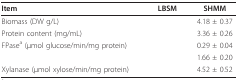
<table><thead><tr><td><b>Item</b></td><td><b>LBSM</b></td><td><b>SHMM</b></td></tr></thead><tbody><tr><td>Biomass (DW g/L)</td><td>[EMPTY_CELL]</td><td>4.18 ± 0.37</td></tr><tr><td>Protein content (mg/mL)</td><td>[EMPTY_CELL]</td><td>3.36 ± 0.26</td></tr><tr><td>FPase<sup>a </sup>(μmol glucose/min/mg protein)</td><td>[EMPTY_CELL]</td><td>0.29 ± 0.04</td></tr><tr><td>[EMPTY_CELL]</td><td>[EMPTY_CELL]</td><td>1.66 ± 0.20</td></tr><tr><td>Xylanase (μmol xylose/min/mg protein)</td><td>[EMPTY_CELL]</td><td>4.52 ± 0.52</td></tr></tbody></table>